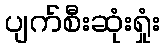
ပျက်စီးဆုံးရှုံး